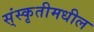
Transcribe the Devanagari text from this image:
स्ंस्कृतीमधील